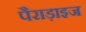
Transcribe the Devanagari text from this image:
पैराड़ाइज